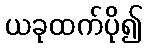
ယခုထက်ပို၍